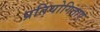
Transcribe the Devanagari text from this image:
प्रतियोगिताए